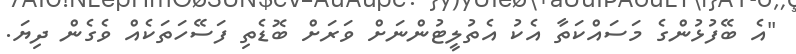
"އެ ބޭފުޅުންގެ މަސައްކަތާ އެކު އެތުލީޓުންނަށް ވަރަށް ބޮޑެތި ފަސޭހަތަކެއް ވެގެން ދިޔަ.